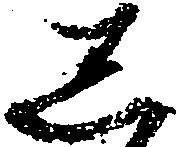
し